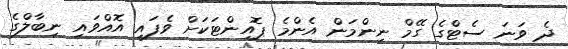
ދެ ވަނަ ސެޓްގެ ގޭމް ނިންމަން އެންމެ ޕޮއިންޓަކަށް ވެފައި އޮއްވައި ނިބާލްގެ